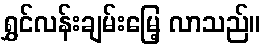
ရွှင်လန်းချမ်းမြေ့ လာသည်။